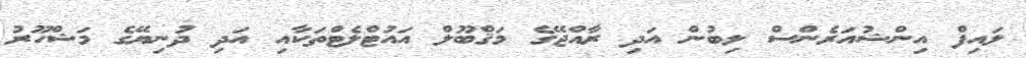
ލައިފް އިންޝުއަރެންސް ލިބުން އަދި ރާއްޖޭގެ މަޤްބޫލް އައުޓްލެޓްތަކާއި އަދި ދުނިޔޭގެ މަޝްހޫރު